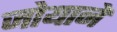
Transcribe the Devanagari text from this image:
जोयाने